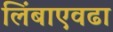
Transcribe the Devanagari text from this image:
लिंबाएवढा